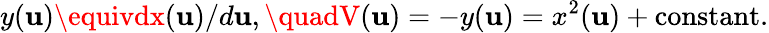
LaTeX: y(\mathbf{u})\equivdx(\mathbf{u})/{d\mathbf{u}},\quadV(\mathbf{u})=-y(\mathbf{u})=x^{2}(\mathbf{u})+\mathrm{{constant}}.